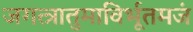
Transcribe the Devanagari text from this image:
जगत्त्रातुमाविर्भूतमजं